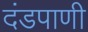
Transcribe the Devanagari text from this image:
दंडपाणी